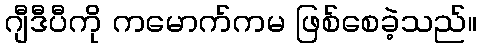
ဂျီဒီပီကို ကမောက်ကမ ဖြစ်စေခဲ့သည်။